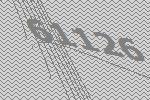
61126